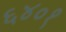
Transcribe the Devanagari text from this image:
६४०१